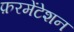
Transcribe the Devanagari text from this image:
फ़रमेंटेशन